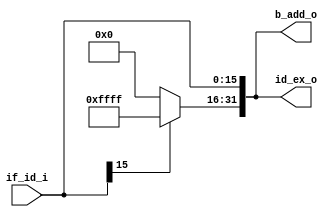
module Sign_Extend
(
	if_id_i,
	id_ex_o,
	b_add_o
);

input 	[15:0] 	if_id_i;
output 	[31:0] 	id_ex_o;
output	[31:0]	b_add_o;

assign id_ex_o[31:16] = (if_id_i[15] == 1'b1)? (16'b1111111111111111):
					   16'b0000000000000000;
assign id_ex_o[15:0]  = if_id_i;

assign b_add_o = id_ex_o;


endmodule